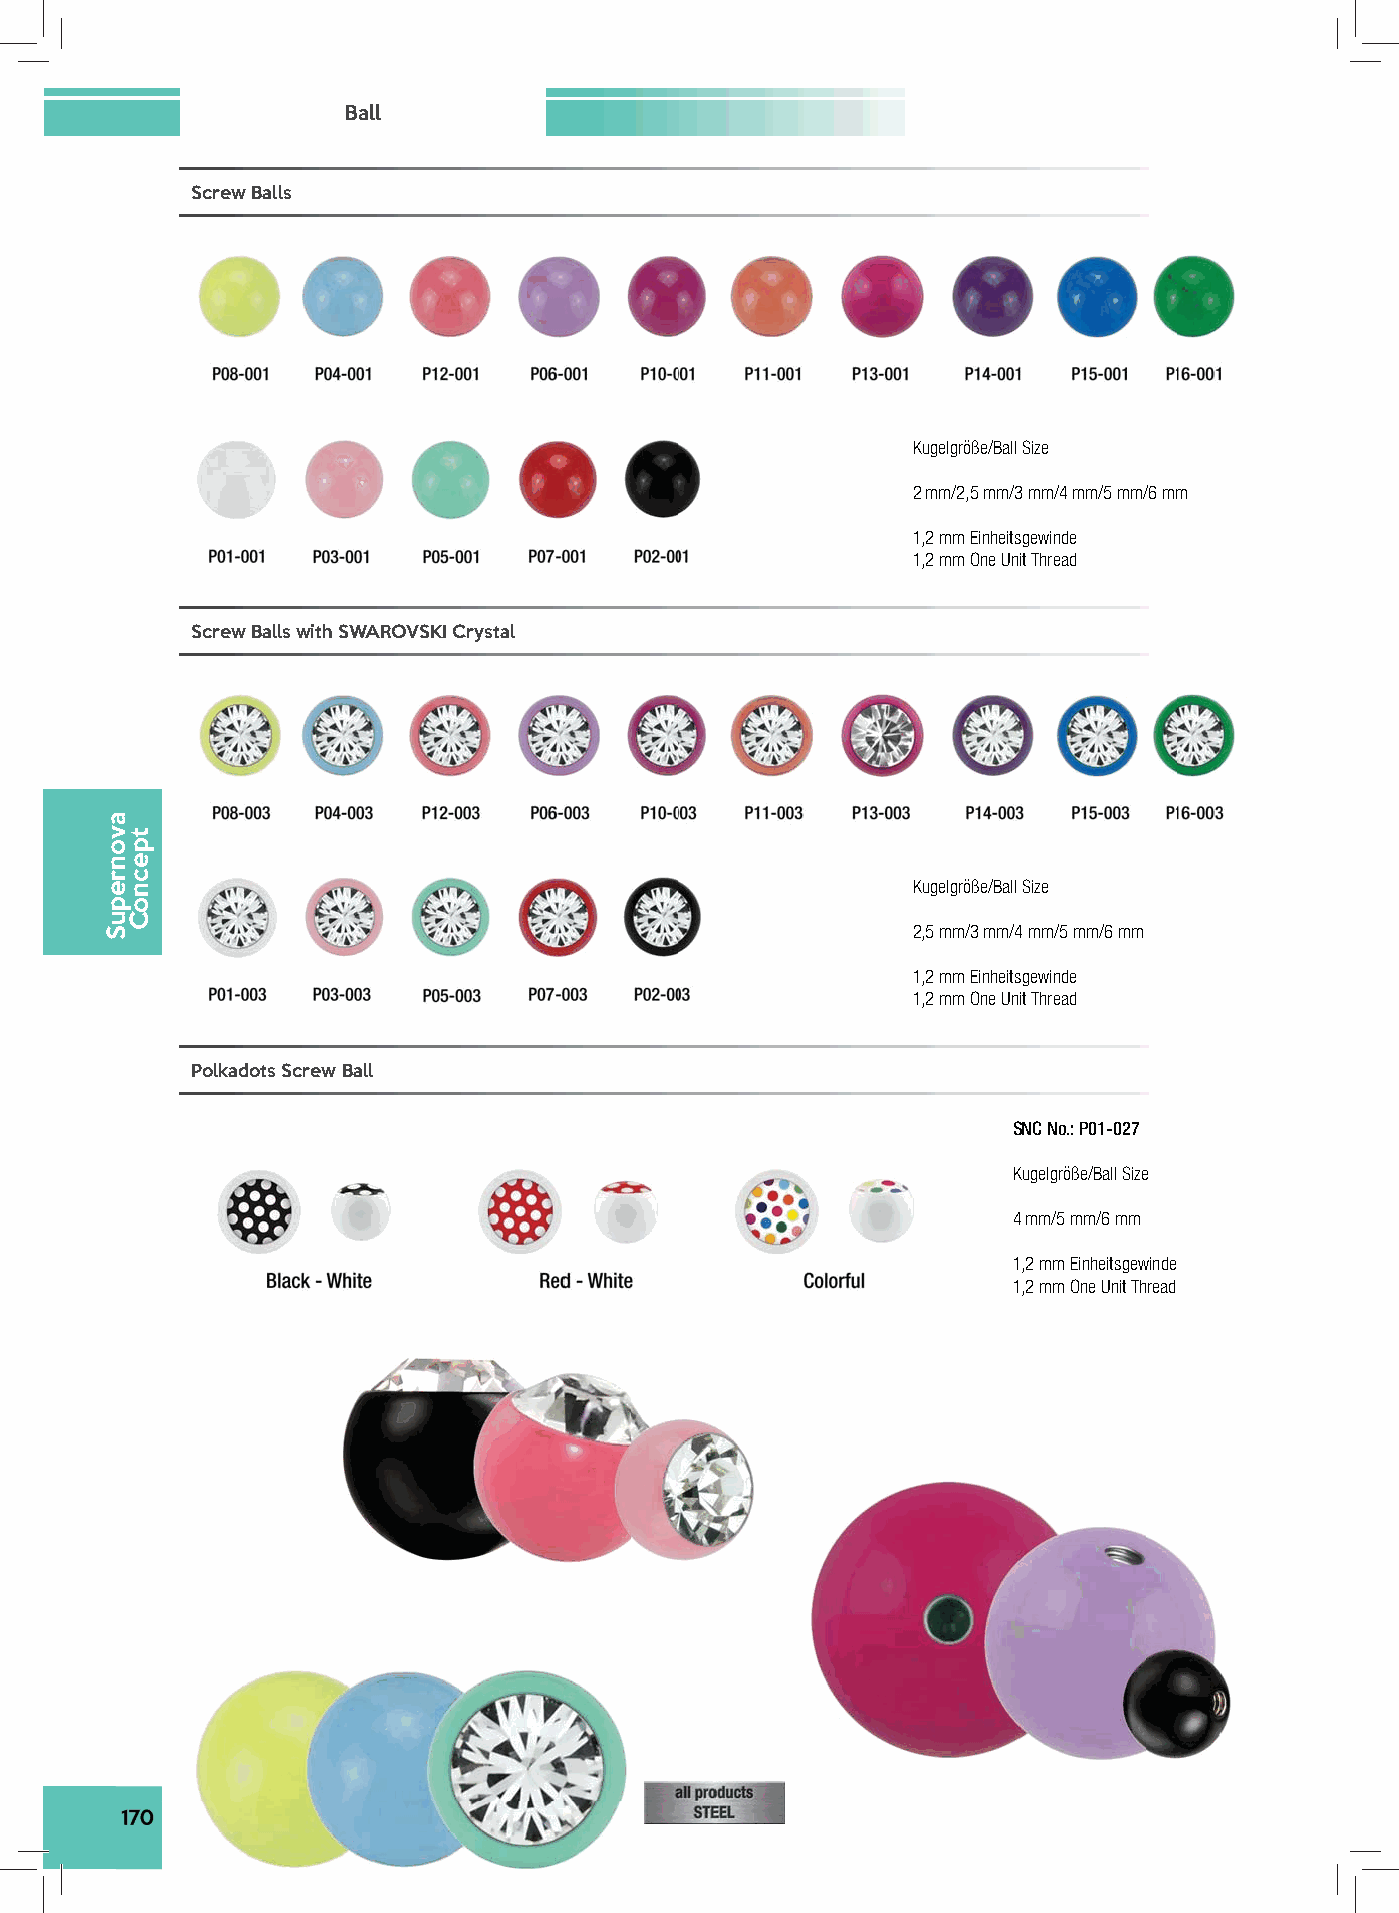
Ball
 Screw Balls
 Kugelgröße/Ball Size
 2 mm/2,5 mm/3 mm/4 mm/5 mm/6 mm
 1,2 mm Einheitsgewinde
 1,2 mm One Unit Thread
 Screw Balls with SWAROVSKI Crystal
 Kugelgröße/Ball Size
 2,5 mm/3 mm/4 mm/5 mm/6 mm
 1,2 mm Einheitsgewinde
 1,2 mm One Unit Thread
 Polkadots Screw Ball
 SNC No.: P01-027
 Kugelgröße/Ball Size
 4 mm/5 mm/6 mm
 1,2 mm Einheitsgewinde
 1,2 mm One Unit Thread
 170
 avonrepuS
 tpecnoC